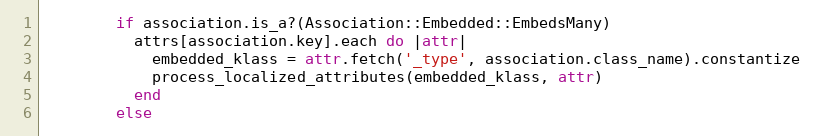
Language: Ruby
        if association.is_a?(Association::Embedded::EmbedsMany)
          attrs[association.key].each do |attr|
            embedded_klass = attr.fetch('_type', association.class_name).constantize
            process_localized_attributes(embedded_klass, attr)
          end
        else